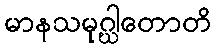
မာနသမုဂ္ဃါတောတိ